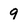
Character: 9